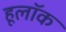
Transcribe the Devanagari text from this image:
हूलॉक